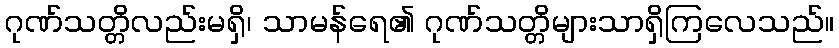
ဂုဏ်သတ္တိလည်းမရှိ၊ သာမန်ရေ၏ ဂုဏ်သတ္တိများသာရှိကြလေသည်။